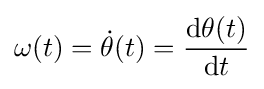
\omega (t)={\dot {\theta }}(t)={\frac {\mathrm {d} \theta (t)}{\mathrm {d} t}}